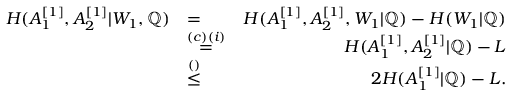
\begin{array} { r l r } { H ( A _ { 1 } ^ { [ 1 ] } , A _ { 2 } ^ { [ 1 ] } | W _ { 1 } , \mathbb { Q } ) } & { = } & { H ( A _ { 1 } ^ { [ 1 ] } , A _ { 2 } ^ { [ 1 ] } , W _ { 1 } | \mathbb { Q } ) - H ( W _ { 1 } | \mathbb { Q } ) } \\ & { \overset { ( c ) ( i ) } { = } } & { H ( A _ { 1 } ^ { [ 1 ] } , A _ { 2 } ^ { [ 1 ] } | \mathbb { Q } ) - L } \\ & { \overset { ( ) } { \leq } } & { 2 H ( A _ { 1 } ^ { [ 1 ] } | \mathbb { Q } ) - L . } \end{array}